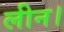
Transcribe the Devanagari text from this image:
लीन।